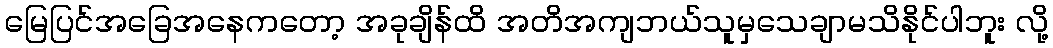
မြေပြင်အခြေအနေကတော့ အခုချိန်ထိ အတိအကျဘယ်သူမှသေချာမသိနိုင်ပါဘူး လို့